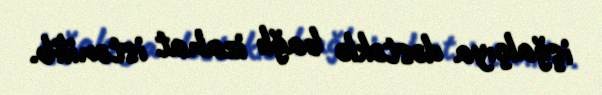
işğalçıya dəstəklə bağlı izahat istənilib.